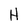
Character: H